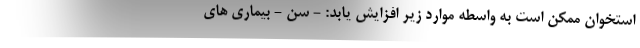
استخوان ممکن است به واسطه موارد زیر افزایش یابد: - سن - بیماری های